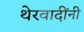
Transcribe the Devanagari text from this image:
थेरवादींनी